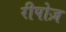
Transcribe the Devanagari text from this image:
रीपोज़